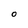
Character: O